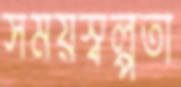
সময়স্বল্পতা